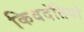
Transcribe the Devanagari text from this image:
किवदंतियो